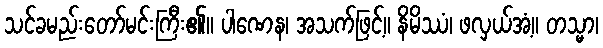
သင်ခမည်းတော်မင်းကြီး၏။ ပါဏေန၊ အသက်ဖြင့်။ နိမိဿံ၊ ဖလှယ်အံ့။ တသ္မာ၊